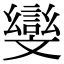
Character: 𭤛